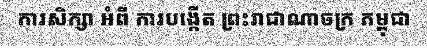
ការសិក្សា អំពី ការបង្កើត ព្រះរាជាណាចក្រ កម្ពុជា